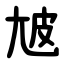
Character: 㝿